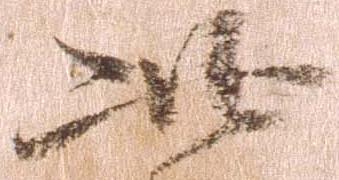
此